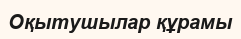
Оқытушылар құрамы